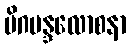
မိဂမန္ဒလောစနာ